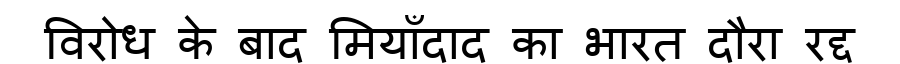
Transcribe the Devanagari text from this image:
विरोध के बाद मियाँदाद का भारत दौरा रद्द